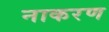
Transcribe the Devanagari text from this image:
नाकरण